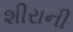
શીરાની